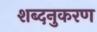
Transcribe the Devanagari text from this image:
शब्दनुकरण